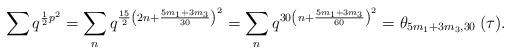
LaTeX: \begin{align*}\sum q^{\frac{1}{2}p^2}=\sum_n q^{\frac{15}{2}\left(2n+\frac{5m_1+3m_3}{30}\right)^2}=\sum_n q^{30\left(n+\frac{5m_1+3m_3}{60}\right)^2}=\theta_{5m_1+3m_3,30}\:(\tau).\end{align*}